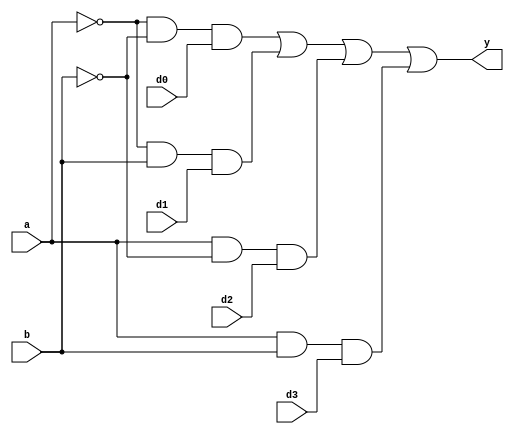
module mux4to1(d0, d1, d2, d3, a, b, y);
 input d0;
 input d1;
 input d2;
 input d3;
 input a;
 input b;
 output y;
assign 
y=(~a&~b&d0)|(~a&b&d1)|(a&~b&d2)|(a&b&d3);
endmodule